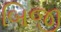
બિજી